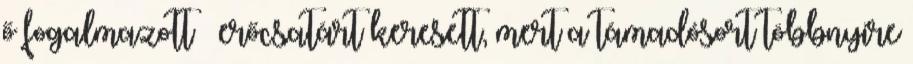
ő fogalmazott – erőcsatárt keresett, mert a támadósort többnyire